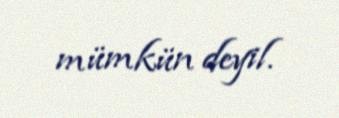
mümkün deyil.